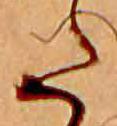
た